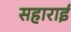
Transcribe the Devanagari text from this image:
सहाराई